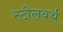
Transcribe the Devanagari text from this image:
स्टीलबर्थ